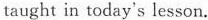
taught in today's lesson.